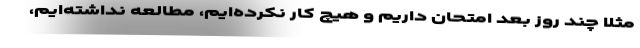
مثلا چند روز بعد امتحان داریم و هیچ کار نکرده‌ایم، مطالعه نداشته‌ایم،